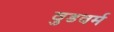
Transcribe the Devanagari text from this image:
वुडवर्म